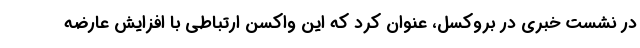
در نشست خبری در بروکسل، عنوان کرد که این واکسن ارتباطی با افزایش عارضه